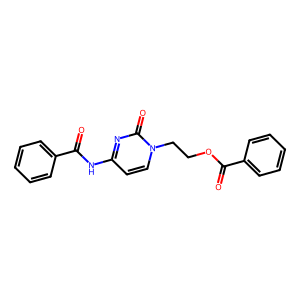
SMILES: O=C(Nc1ccn(CCOC(=O)c2ccccc2)c(=O)n1)c1ccccc1
Inhibits HIV replication: No